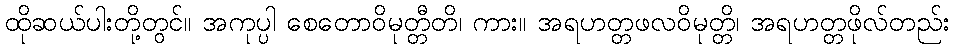
ထိုဆယ်ပါးတို့တွင်။ အကုပ္ပါ စေတောဝိမုတ္တီတိ၊ ကား။ အရဟတ္တဖလဝိမုတ္တိ၊ အရဟတ္တဖိုလ်တည်း